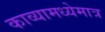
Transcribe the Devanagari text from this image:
काव्यामध्येमात्र